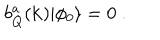
b _ { Q } ^ { a } ( { \bf k } ) | { \phi _ { 0 } } \rangle = 0 \; .